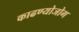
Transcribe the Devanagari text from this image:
काढण्योजोग